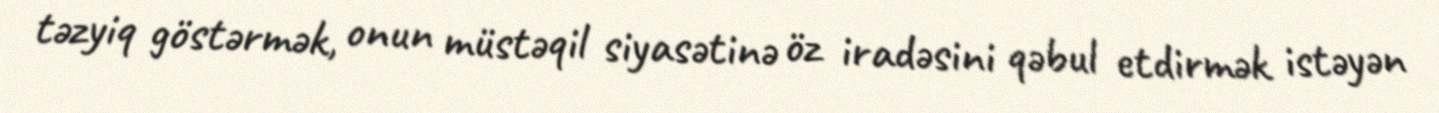
təzyiq göstərmək, onun müstəqil siyasətinə öz iradəsini qəbul etdirmək istəyən